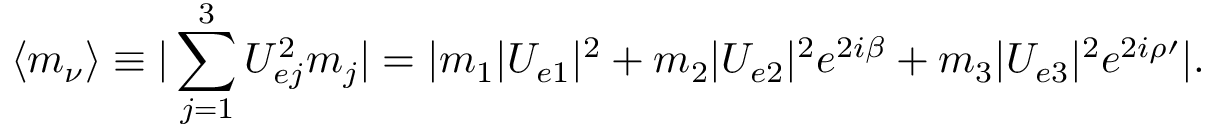
\langle m _ { \nu } \rangle \equiv | \sum _ { j = 1 } ^ { 3 } U _ { e j } ^ { 2 } m _ { j } | = | m _ { 1 } | U _ { e 1 } | ^ { 2 } + m _ { 2 } | U _ { e 2 } | ^ { 2 } e ^ { 2 i \beta } + m _ { 3 } | U _ { e 3 } | ^ { 2 } e ^ { 2 i \rho \prime } | .